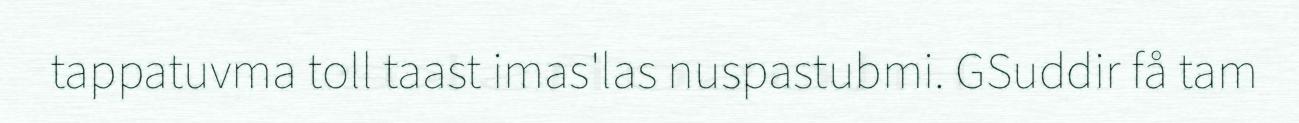
tappatuvma toll taast imas'las nuspastubmi. GSuddir få tam